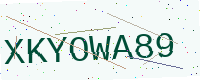
Text: XKYOWA89